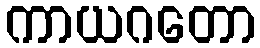
ကာယဂတော